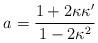
LaTeX: \begin{align*}a = \frac{1 + 2 \kappa \kappa^{\prime}}{1 - 2 \kappa^2}\end{align*}